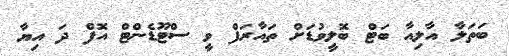
ބަތަލާ އާލިއާ ބަޓް ބޮލީވުޑަށް ތައާރަފް ވީ ސްޓޫޑެންޓް އޮފް ދަ އިޔާ